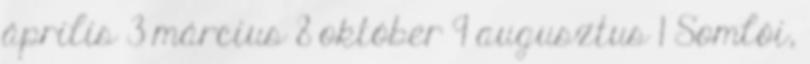
április 3 március 8 október 9 augusztus 1 Somlói,